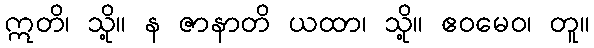
ဣတိ၊ သို့။ န ဇာနာတိ ယထာ၊ သို့။ ဧဝမေဝ၊ တူ။